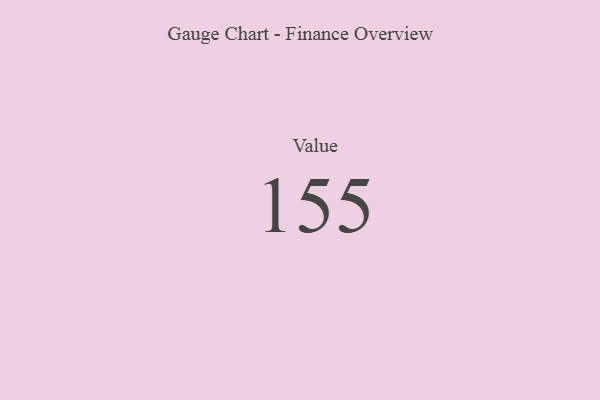
{"axis": {"x": "Metric", "y": "Value"}, "legend": [""], "data": [{"x": "Value", "y": 155, "type": ""}]}